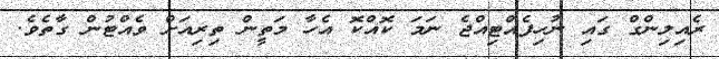
ރެއިލިންގް ގައި ނުހިފެއްޓިއްޖެ ނަމަ ކޮއްކޮ އެހާ މަތީން ތިރިއަށް ވެއްޓުން ގާތެވެ.